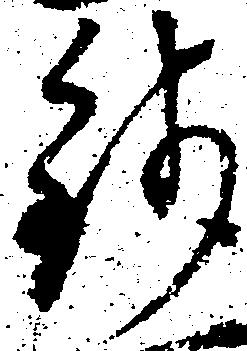
銭